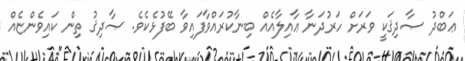
ޢަބްދު ޞާދިޤަކީ ވަރަށް ހަރުދަނާ ޢާއިލާއެއް ބިނާކުރައްވާފައިވާ ބޭފުޅެކެވެ. ޞާދިޤު ތިން ކައިވެންޏެއް